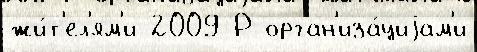
жи́т'ел'ям'и 2009 Р орган'иза́циjам'и